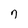
Character: 7